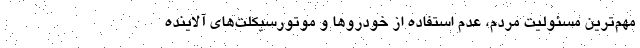
مهم‌ترین مسئولیت مردم، عدم استفاده از خودروها و موتورسیکلت‌های آلاینده